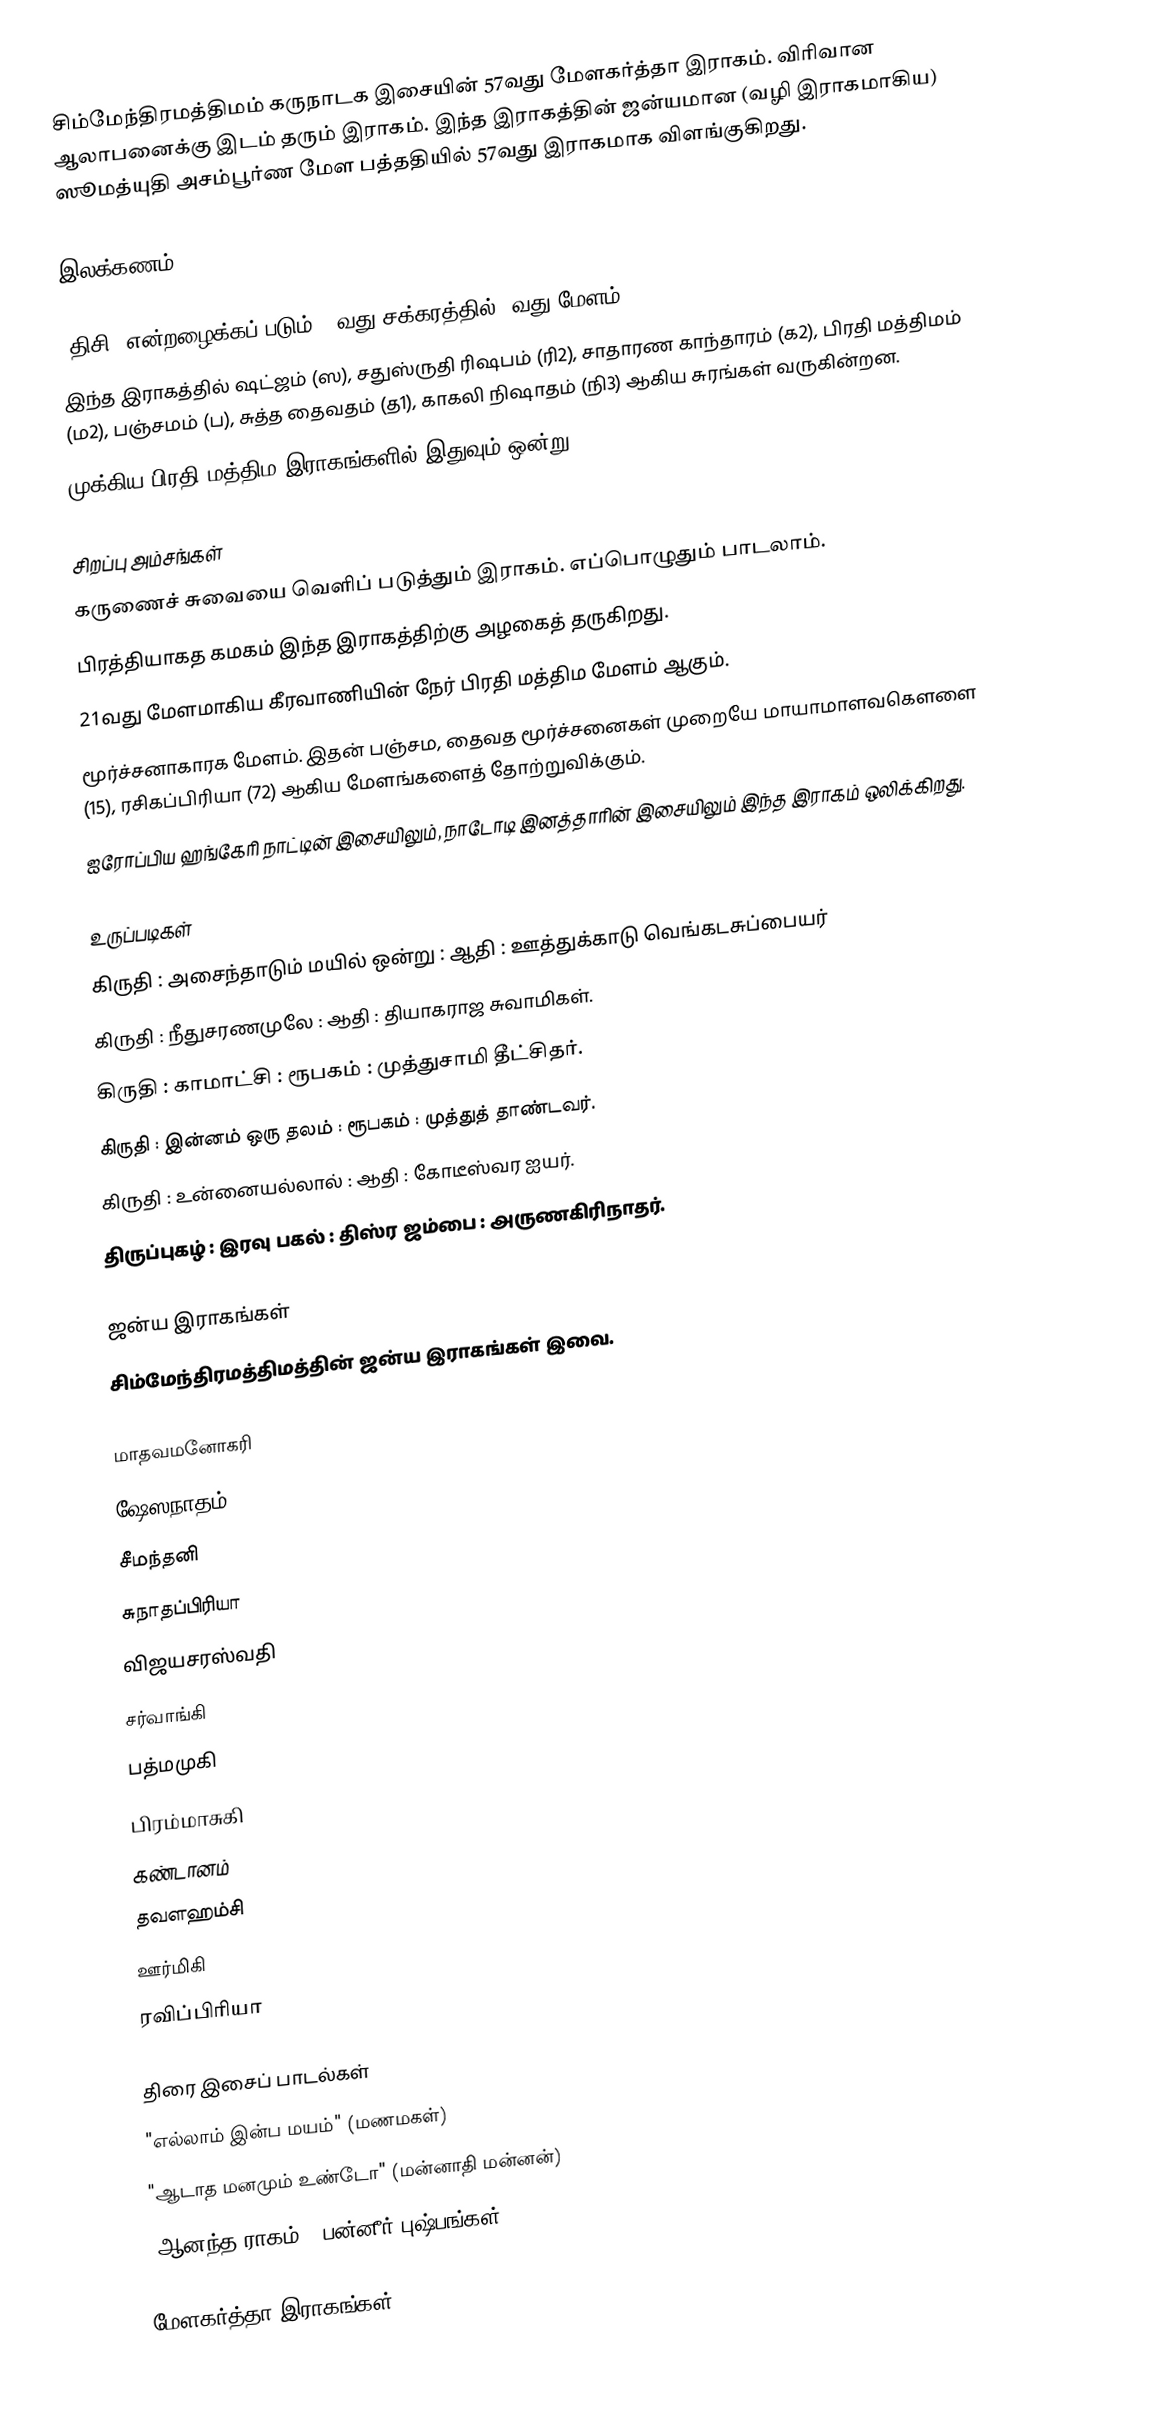
சிம்மேந்திரமத்திமம் கருநாடக இசையின் 57வது மேளகர்த்தா இராகம். விரிவான ஆலாபனைக்கு இடம் தரும் இராகம். இந்த இராகத்தின் ஜன்யமான (வழி இராகமாகிய) ஸூமத்யுதி அசம்பூர்ண மேள பத்ததியில் 57வது இராகமாக விளங்குகிறது.

இலக்கணம்

 "திசி" என்றழைக்கப் படும் 10வது சக்கரத்தில் 3வது மேளம்.
 இந்த இராகத்தில் ஷட்ஜம் (ஸ), சதுஸ்ருதி ரிஷபம் (ரி2), சாதாரண காந்தாரம் (க2), பிரதி மத்திமம் (ம2), பஞ்சமம் (ப), சுத்த தைவதம் (த1), காகலி நிஷாதம் (நி3) ஆகிய சுரங்கள் வருகின்றன.
 முக்கிய பிரதி மத்திம இராகங்களில் இதுவும் ஒன்று.

சிறப்பு அம்சங்கள்
 கருணைச் சுவையை வெளிப் படுத்தும் இராகம். எப்பொழுதும் பாடலாம்.
 பிரத்தியாகத கமகம் இந்த இராகத்திற்கு அழகைத் தருகிறது.
 21வது மேளமாகிய கீரவாணியின் நேர் பிரதி மத்திம மேளம் ஆகும்.
 மூர்ச்சனாகாரக மேளம். இதன் பஞ்சம, தைவத மூர்ச்சனைகள் முறையே மாயாமாளவகௌளை (15), ரசிகப்பிரியா (72) ஆகிய மேளங்களைத் தோற்றுவிக்கும்.
 ஐரோப்பிய ஹங்கேரி நாட்டின் இசையிலும், நாடோடி இனத்தாரின் இசையிலும் இந்த இராகம் ஒலிக்கிறது.

உருப்படிகள்
 கிருதி : அசைந்தாடும் மயில் ஒன்று   : ஆதி    : ஊத்துக்காடு வெங்கடசுப்பையர்
 கிருதி	: நீதுசரணமுலே		: ஆதி		: தியாகராஜ சுவாமிகள்.
 கிருதி	: காமாட்சி		: ரூபகம்	: முத்துசாமி தீட்சிதர்.
 கிருதி	: இன்னம் ஒரு தலம்	: ரூபகம்		: முத்துத் தாண்டவர்.
 கிருதி	: உன்னையல்லால்	: ஆதி		: கோடீஸ்வர ஐயர்.
 திருப்புகழ் : இரவு பகல்		: திஸ்ர ஜம்பை	: அருணகிரிநாதர்.

ஜன்ய இராகங்கள்
சிம்மேந்திரமத்திமத்தின் ஜன்ய இராகங்கள் இவை.

 மாதவமனோகரி
 ஷேஸநாதம்
 சீமந்தனி
 சுநாதப்பிரியா
 விஜயசரஸ்வதி
 சர்வாங்கி
 பத்மமுகி
 பிரம்மாசுகி
 கண்டானம்
 தவளஹம்சி
 ஊர்மிகி
 ரவிப்பிரியா

திரை இசைப் பாடல்கள்
 "எல்லாம் இன்ப மயம்" (மணமகள்)
 "ஆடாத மனமும் உண்டோ" (மன்னாதி மன்னன்)
 "ஆனந்த ராகம்" (பன்னீர் புஷ்பங்கள்)

 மேளகர்த்தா இராகங்கள்